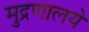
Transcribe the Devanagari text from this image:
मुद्रणालये